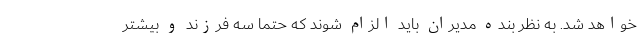
خواهد شد. به نظر بنده مدیران باید الزام شوند که حتماً سه فرزند و بیشتر